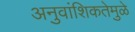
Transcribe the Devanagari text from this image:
अनुवांशिकतेमुळे